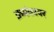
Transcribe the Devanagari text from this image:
क्रमंकावर